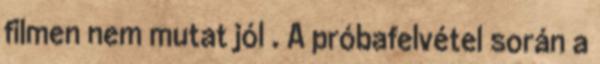
filmen nem mutat jól . A próbafelvétel során a